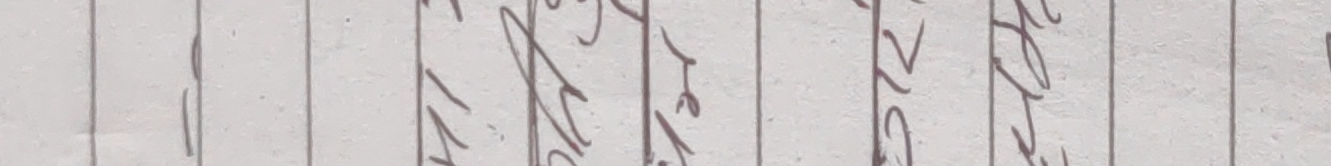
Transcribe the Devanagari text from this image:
को रहेछ